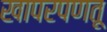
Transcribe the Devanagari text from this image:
खापरपणतू